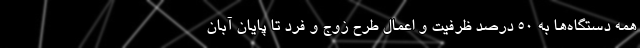
همه دستگاه‌ها به 50 درصد ظرفیت و اعمال طرح زوج و فرد تا پایان آبان